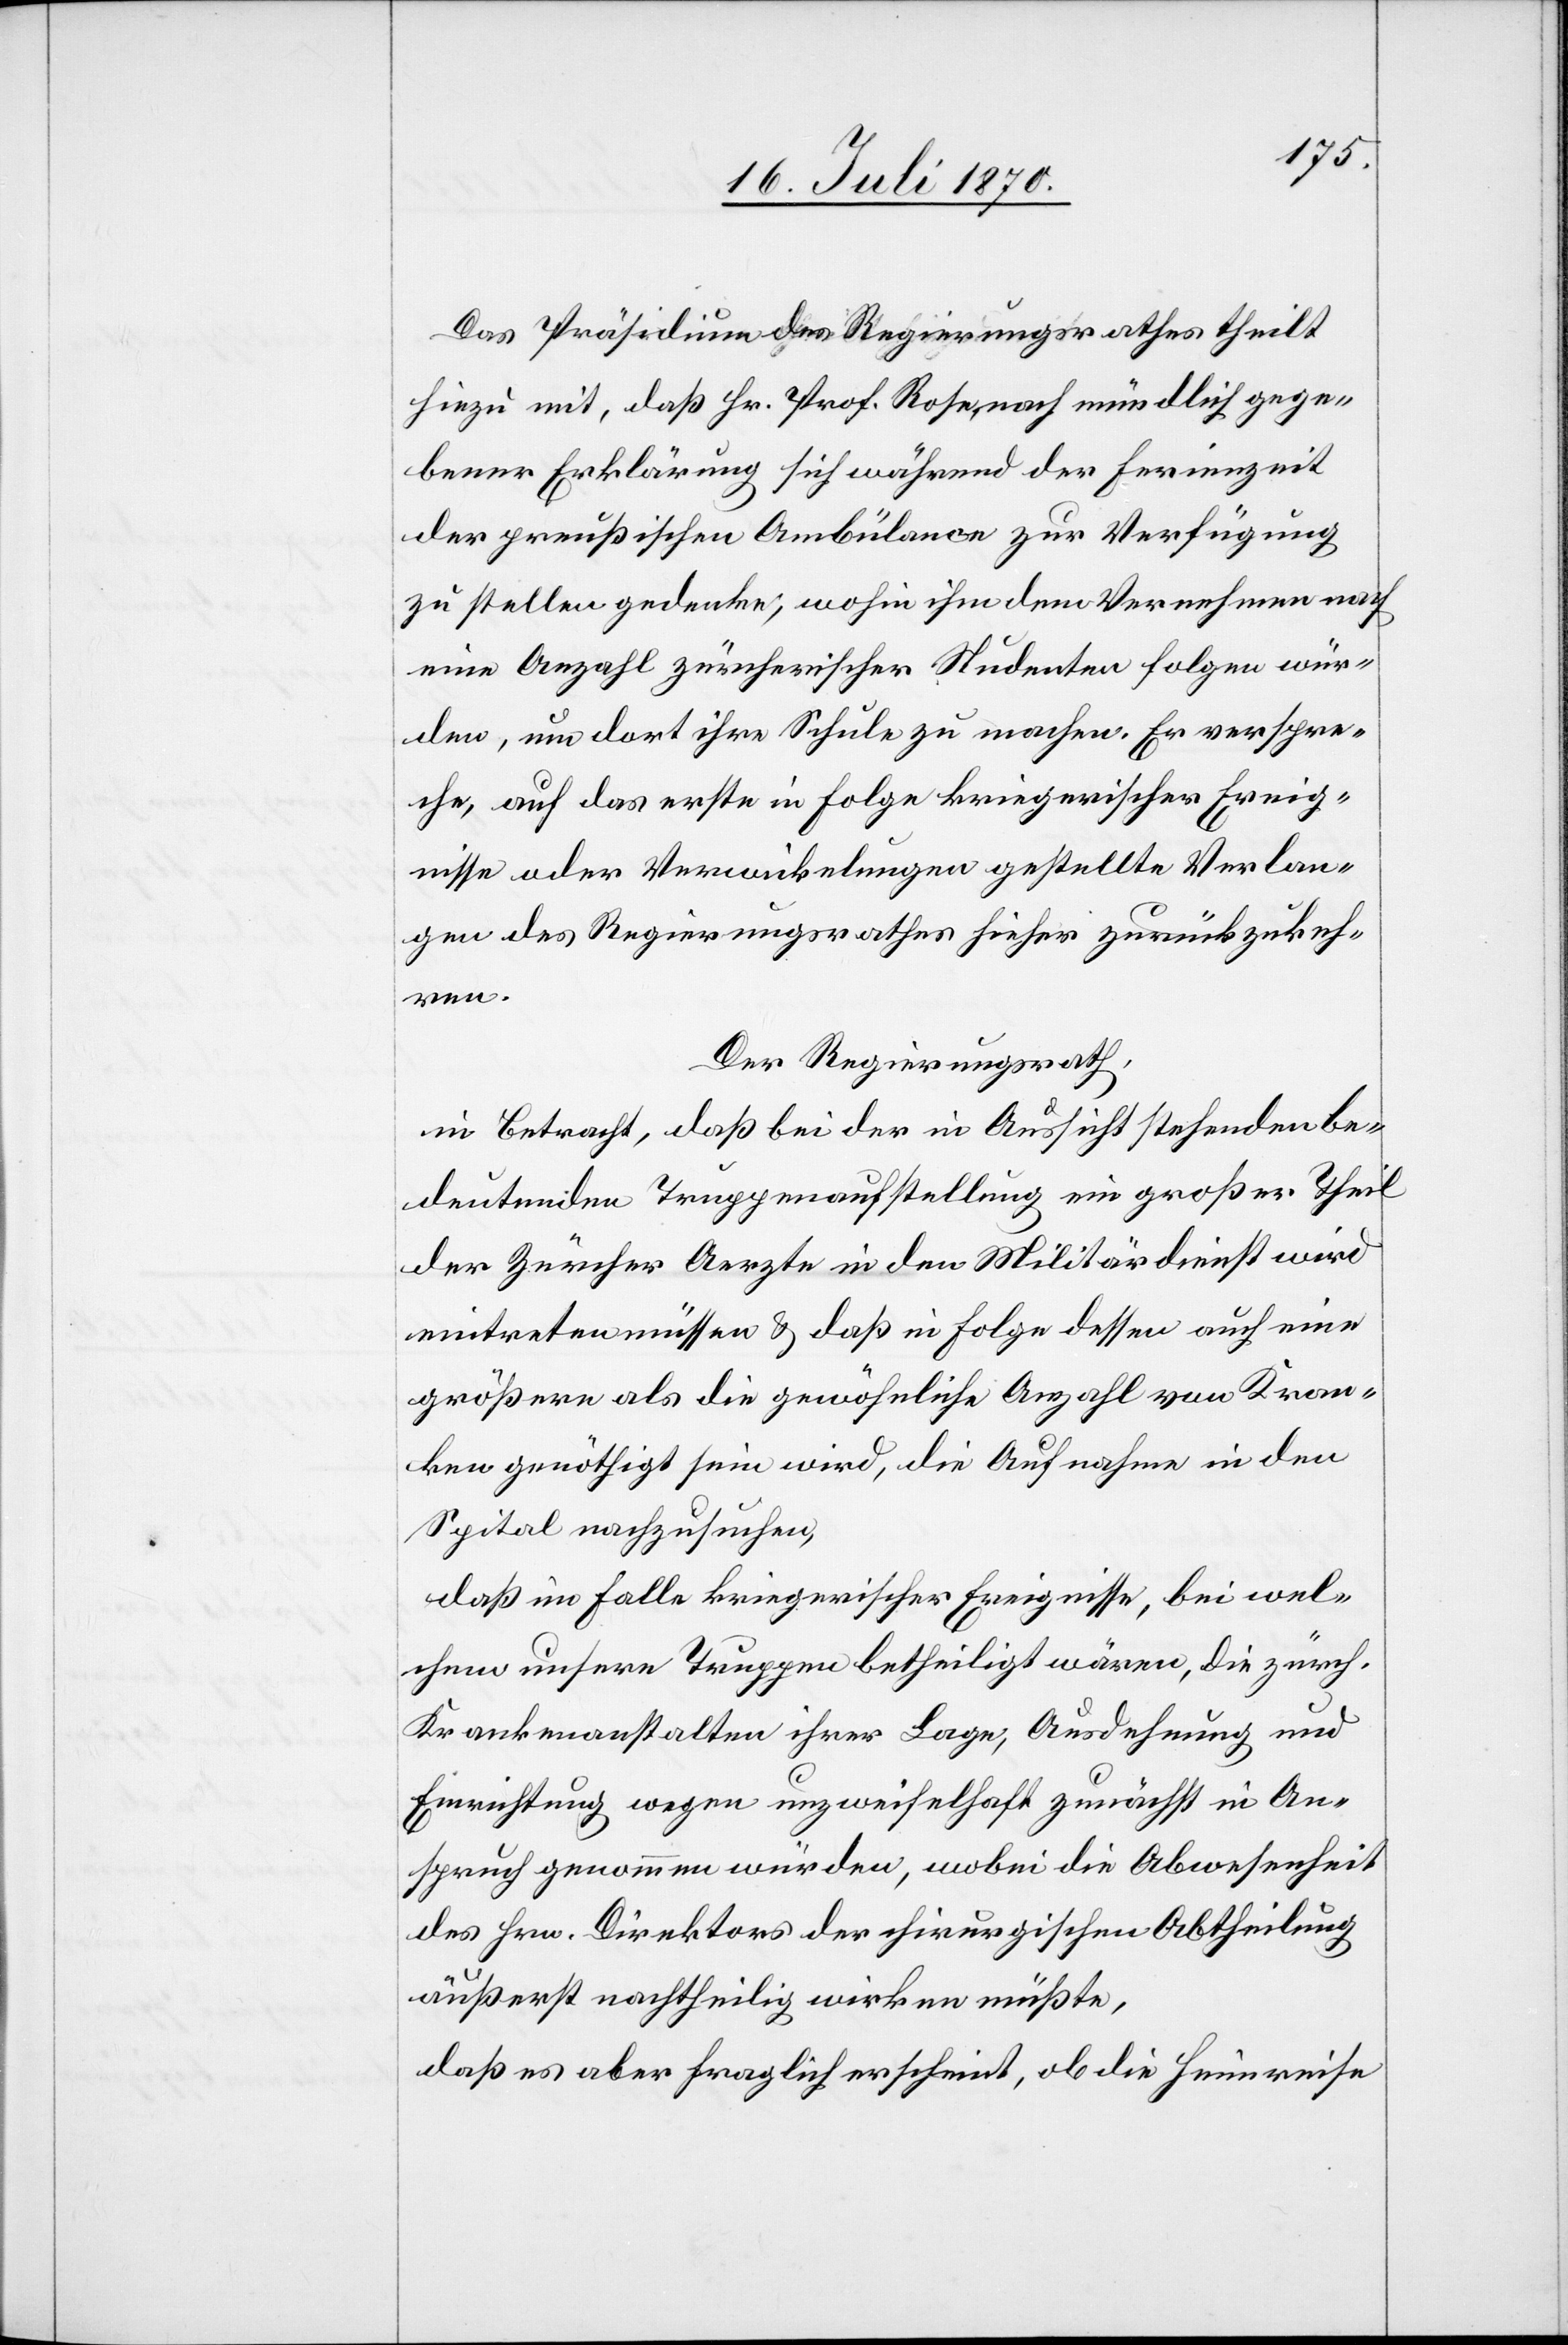
Das Präsidium des Regierungsrathes theilt
hiezu mit, daß Hr. Prof. Rose, nach mündlich gege¬
bener Erklärung sich während der Ferienzeit
der preußischen Ambülance zur Verfügung
zu stellen gedenke, wohin ihm dem Vernehmen nach
eine Anzahl zürcherischer Studenten folgen wür¬
den, um dort ihre Schule zu machen. Er verspre¬
che, auf das erste in Folge kriegerischer Ereig¬
nisse oder Verwickelungen gestellte Verlan¬
gen des Regierungsrathes hieher zurückzukeh¬
ren.
Der Regierungsrath,
in Betracht, daß bei der in Aussicht stehenden be¬
deutenden Truppenaufstellung ein großer Theil
der Zürcher Aerzte in den Militärdienst wird
eintreten müssen & daß in Folge dessen auch eine
größere als die gewöhnliche Anzahl von Kran¬
ken genöthigt sein wird, die Aufnahme in den
Spital nachzusuchen,
daß im Falle kriegerischer Ereignisse, bei wel¬
chen unsere Truppen betheiligt wären, die zürch.
Krankenanstalten ihrer Lage, Ausdehnung und
Einrichtung wegen unzweifelhaft zunächst in An¬
spruch genommen würden, wobei die Abwesenheit
des Hrn. Direktors der chirurgischen Abtheilung
äußerst nachtheilig wirken müßte,
daß es aber fraglich erscheint, ob die Heimreise